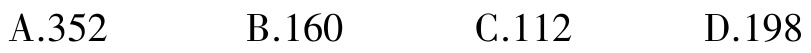
A.352  B.160  C.112  D.198